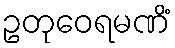
ဥတုဝေရမဏိံ